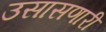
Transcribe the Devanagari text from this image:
उसासणारी